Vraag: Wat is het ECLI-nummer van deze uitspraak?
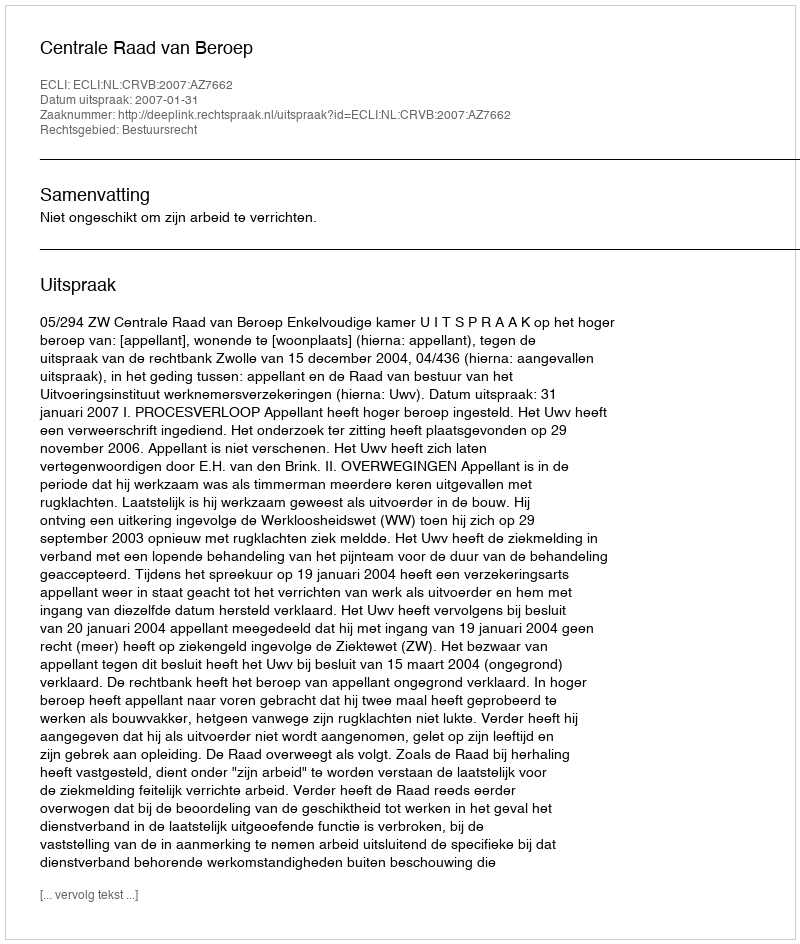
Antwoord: ECLI:NL:CRVB:2007:AZ7662